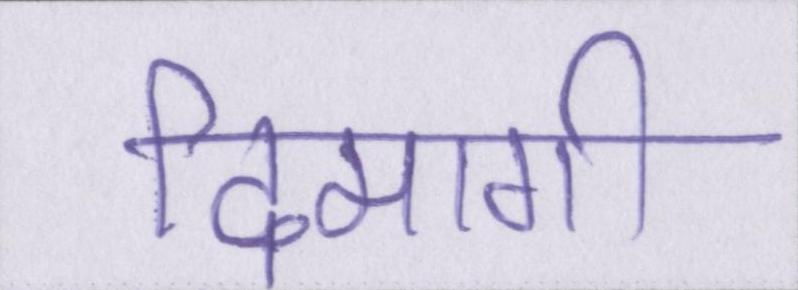
दिमागी